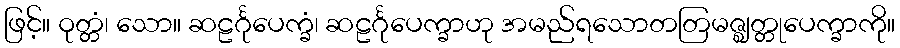
ဖြင့်။ ဝုတ္တံ၊ သော။ ဆဠင်္ဂုပေက္ခံ၊ ဆဠင်္ဂုပေက္ခာဟု အမည်ရသောတတြမဇ္ဈတ္တုပေက္ခာကို။